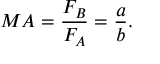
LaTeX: M A = { \frac { F _ { B } } { F _ { A } } } = { \frac { a } { b } } .